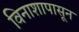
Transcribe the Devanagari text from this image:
विनाशापासून